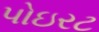
પોઇરટ